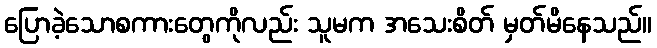
ပြောခဲ့သောစကားတွေကိုလည်း သူမက အသေးစိတ် မှတ်မိနေသည်။